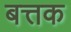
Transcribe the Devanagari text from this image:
बत्तक